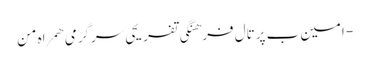
- امین ب پرتال فرهنگی تفریحی سرگرمی همراه من